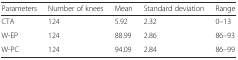
<table><thead><tr><td><b>Parameters</b></td><td><b>Number of knees</b></td><td><b>Mean</b></td><td><b>Standard deviation</b></td><td><b>Range</b></td></tr></thead><tbody><tr><td>CTA</td><td>124</td><td>5.92</td><td>2.32</td><td>0–13</td></tr><tr><td>W-EP</td><td>124</td><td>88.99</td><td>2.86</td><td>86–93</td></tr><tr><td>W-PC</td><td>124</td><td>94.09</td><td>2.84</td><td>86–99</td></tr></tbody></table>